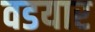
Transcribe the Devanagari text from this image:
वडयार